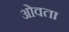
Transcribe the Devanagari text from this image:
ओवता